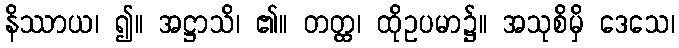
နိဿာယ၊ ၍။ အဋ္ဌာသိ၊ ၏။ တတ္ထ၊ ထိုဥပမာ၌။ အသုစိမှိ ဒေသေ၊